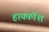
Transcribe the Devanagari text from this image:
हायफोंश